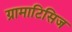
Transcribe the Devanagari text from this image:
ग्रामाटिसिज